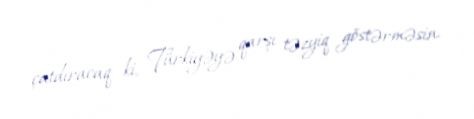
çatdıracaq ki, Türkiyəyə qarşı təzyiq göstərməsin.